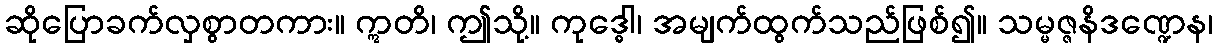
ဆိုပြောခက်လှစွာတကား။ ဣတိ၊ ဤသို့။ ကုဒ္ဓေါ၊ အမျက်ထွက်သည်ဖြစ်၍။ သမ္မဇ္ဇနိဒဏ္ဍေန၊